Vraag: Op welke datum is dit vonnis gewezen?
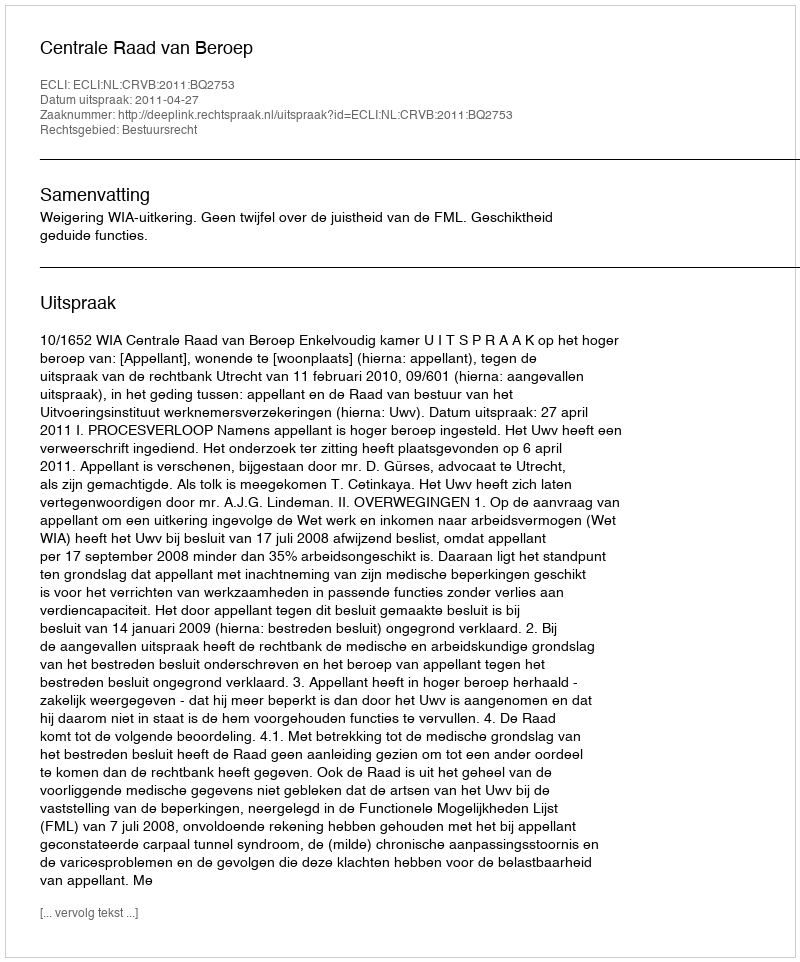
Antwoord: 2011-04-27